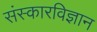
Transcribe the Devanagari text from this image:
संस्कारविज्ञान